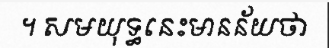
។ សមយុទ្ធនេះមានន័យថា